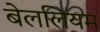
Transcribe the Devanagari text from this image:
बेललियम